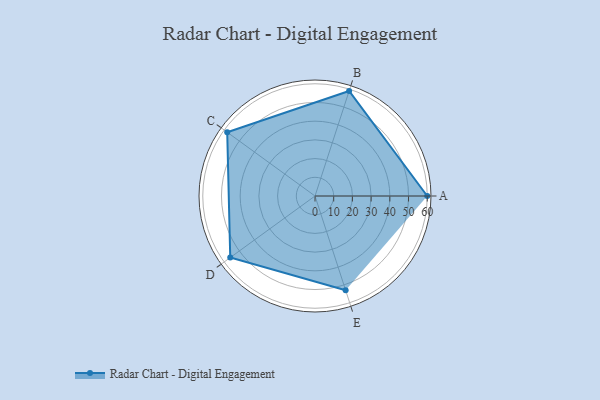
{"axis": {"x": "Skill", "y": "Score"}, "legend": ["Profile"], "data": [{"x": "A", "y": 60.0, "type": "Profile"}, {"x": "B", "y": 59.0, "type": "Profile"}, {"x": "C", "y": 58.0, "type": "Profile"}, {"x": "D", "y": 56.0, "type": "Profile"}, {"x": "E", "y": 53.0, "type": "Profile"}]}